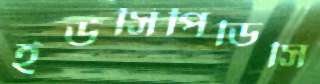
ইউসিপিডিসি